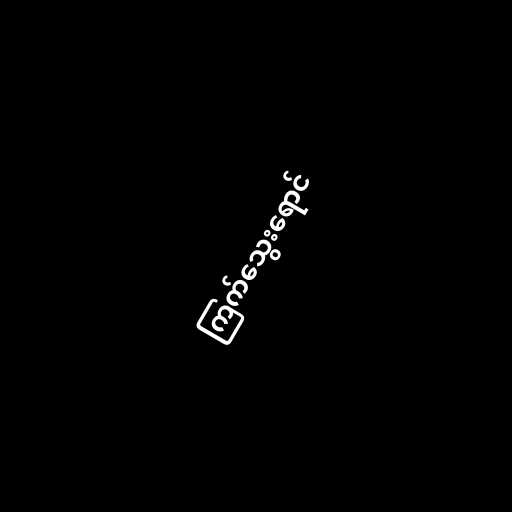
ကြက်သွေးရောင်